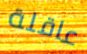
عاقلة